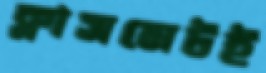
ক্লাসমেটই